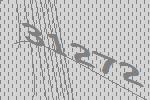
31272